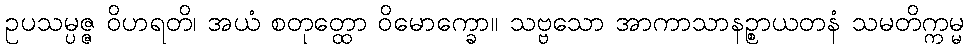
ဥပသမ္ပဇ္ဇ ဝိဟရတိ၊ အယံ စတုတ္ထော ဝိမောက္ခော။ သဗ္ဗသော အာကာသာနဉ္စာယတနံ သမတိက္ကမ္မ